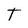
Character: T